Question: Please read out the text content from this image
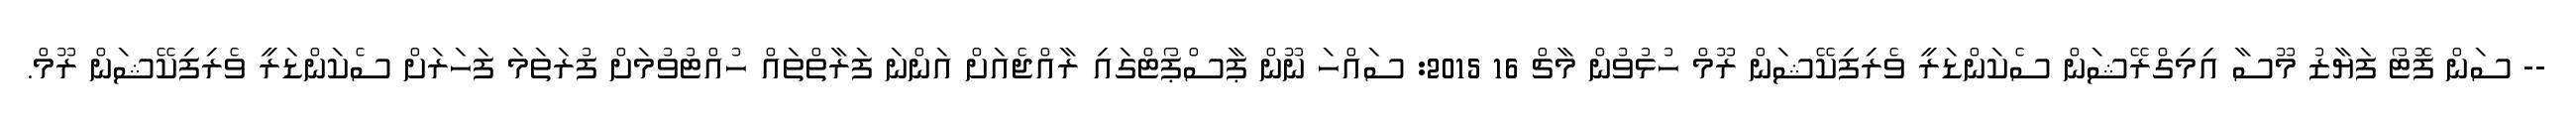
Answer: -- ސަން ފޮޓޯ ފަޔާޒު މޫސާ އިމިގްރޭޝަން ސެކަންޑަރީ ވެރިފިކޭޝަން ރޫމް ހުޅުވުން މާޗް 16 2015: ސައްހަ ނޫން ޕާސްޕޯޓްގައި ރާއްޖެއަށް އަންނަ ފަރާތްތައް ހުއްޓުވުމަށް ފުރަތަމަ ފަހަރަށް ސެކަންޑަރީ ވެރިފިކޭޝަން ރޫމް.